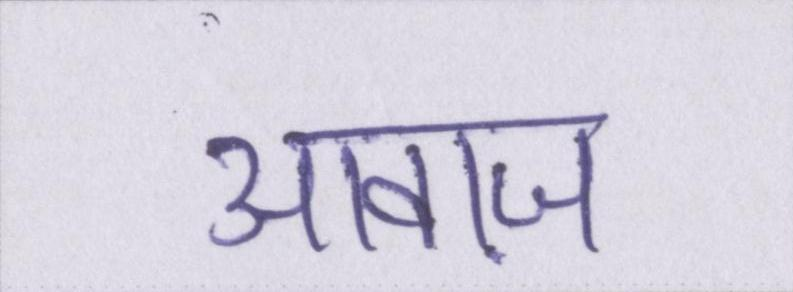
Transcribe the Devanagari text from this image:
आवाज़